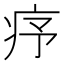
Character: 𤵈